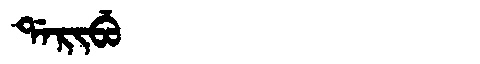
Manchu: ᡩᠠᡵᡳᠪᡠ
Romanization: DARIBU